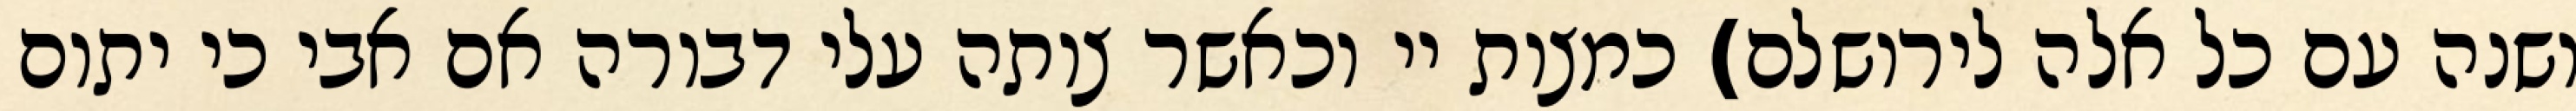
ושנה עם כל אלה לירושלם) כמצות יי וכאשר צותה עלי דבורה אם אבי כי יתום